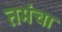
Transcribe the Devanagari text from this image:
तमंचा